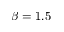
\beta = 1 . 5